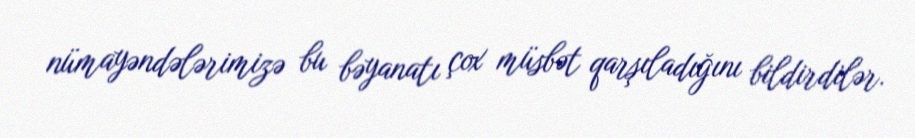
nümayəndələrimizə bu bəyanatı çox müsbət qarşıladığını bildirdilər.